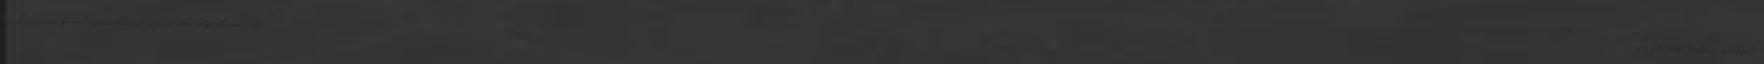
konkurencia kanalasronaldóét is fizeted. atpijkamo96: "Azt nem tudom, máshol